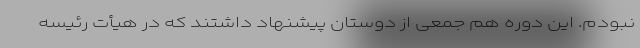
نبودم. این دوره هم جمعی از دوستان پیشنهاد داشتند که در هیأت رئیسه